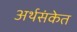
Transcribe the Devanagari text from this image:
अर्थसंकेत